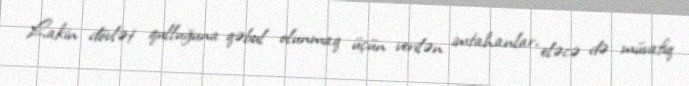
Lakin dövlət qulluğuna qəbul olunmaq üçün verilən imtahanlar, eləcə də müvafiq